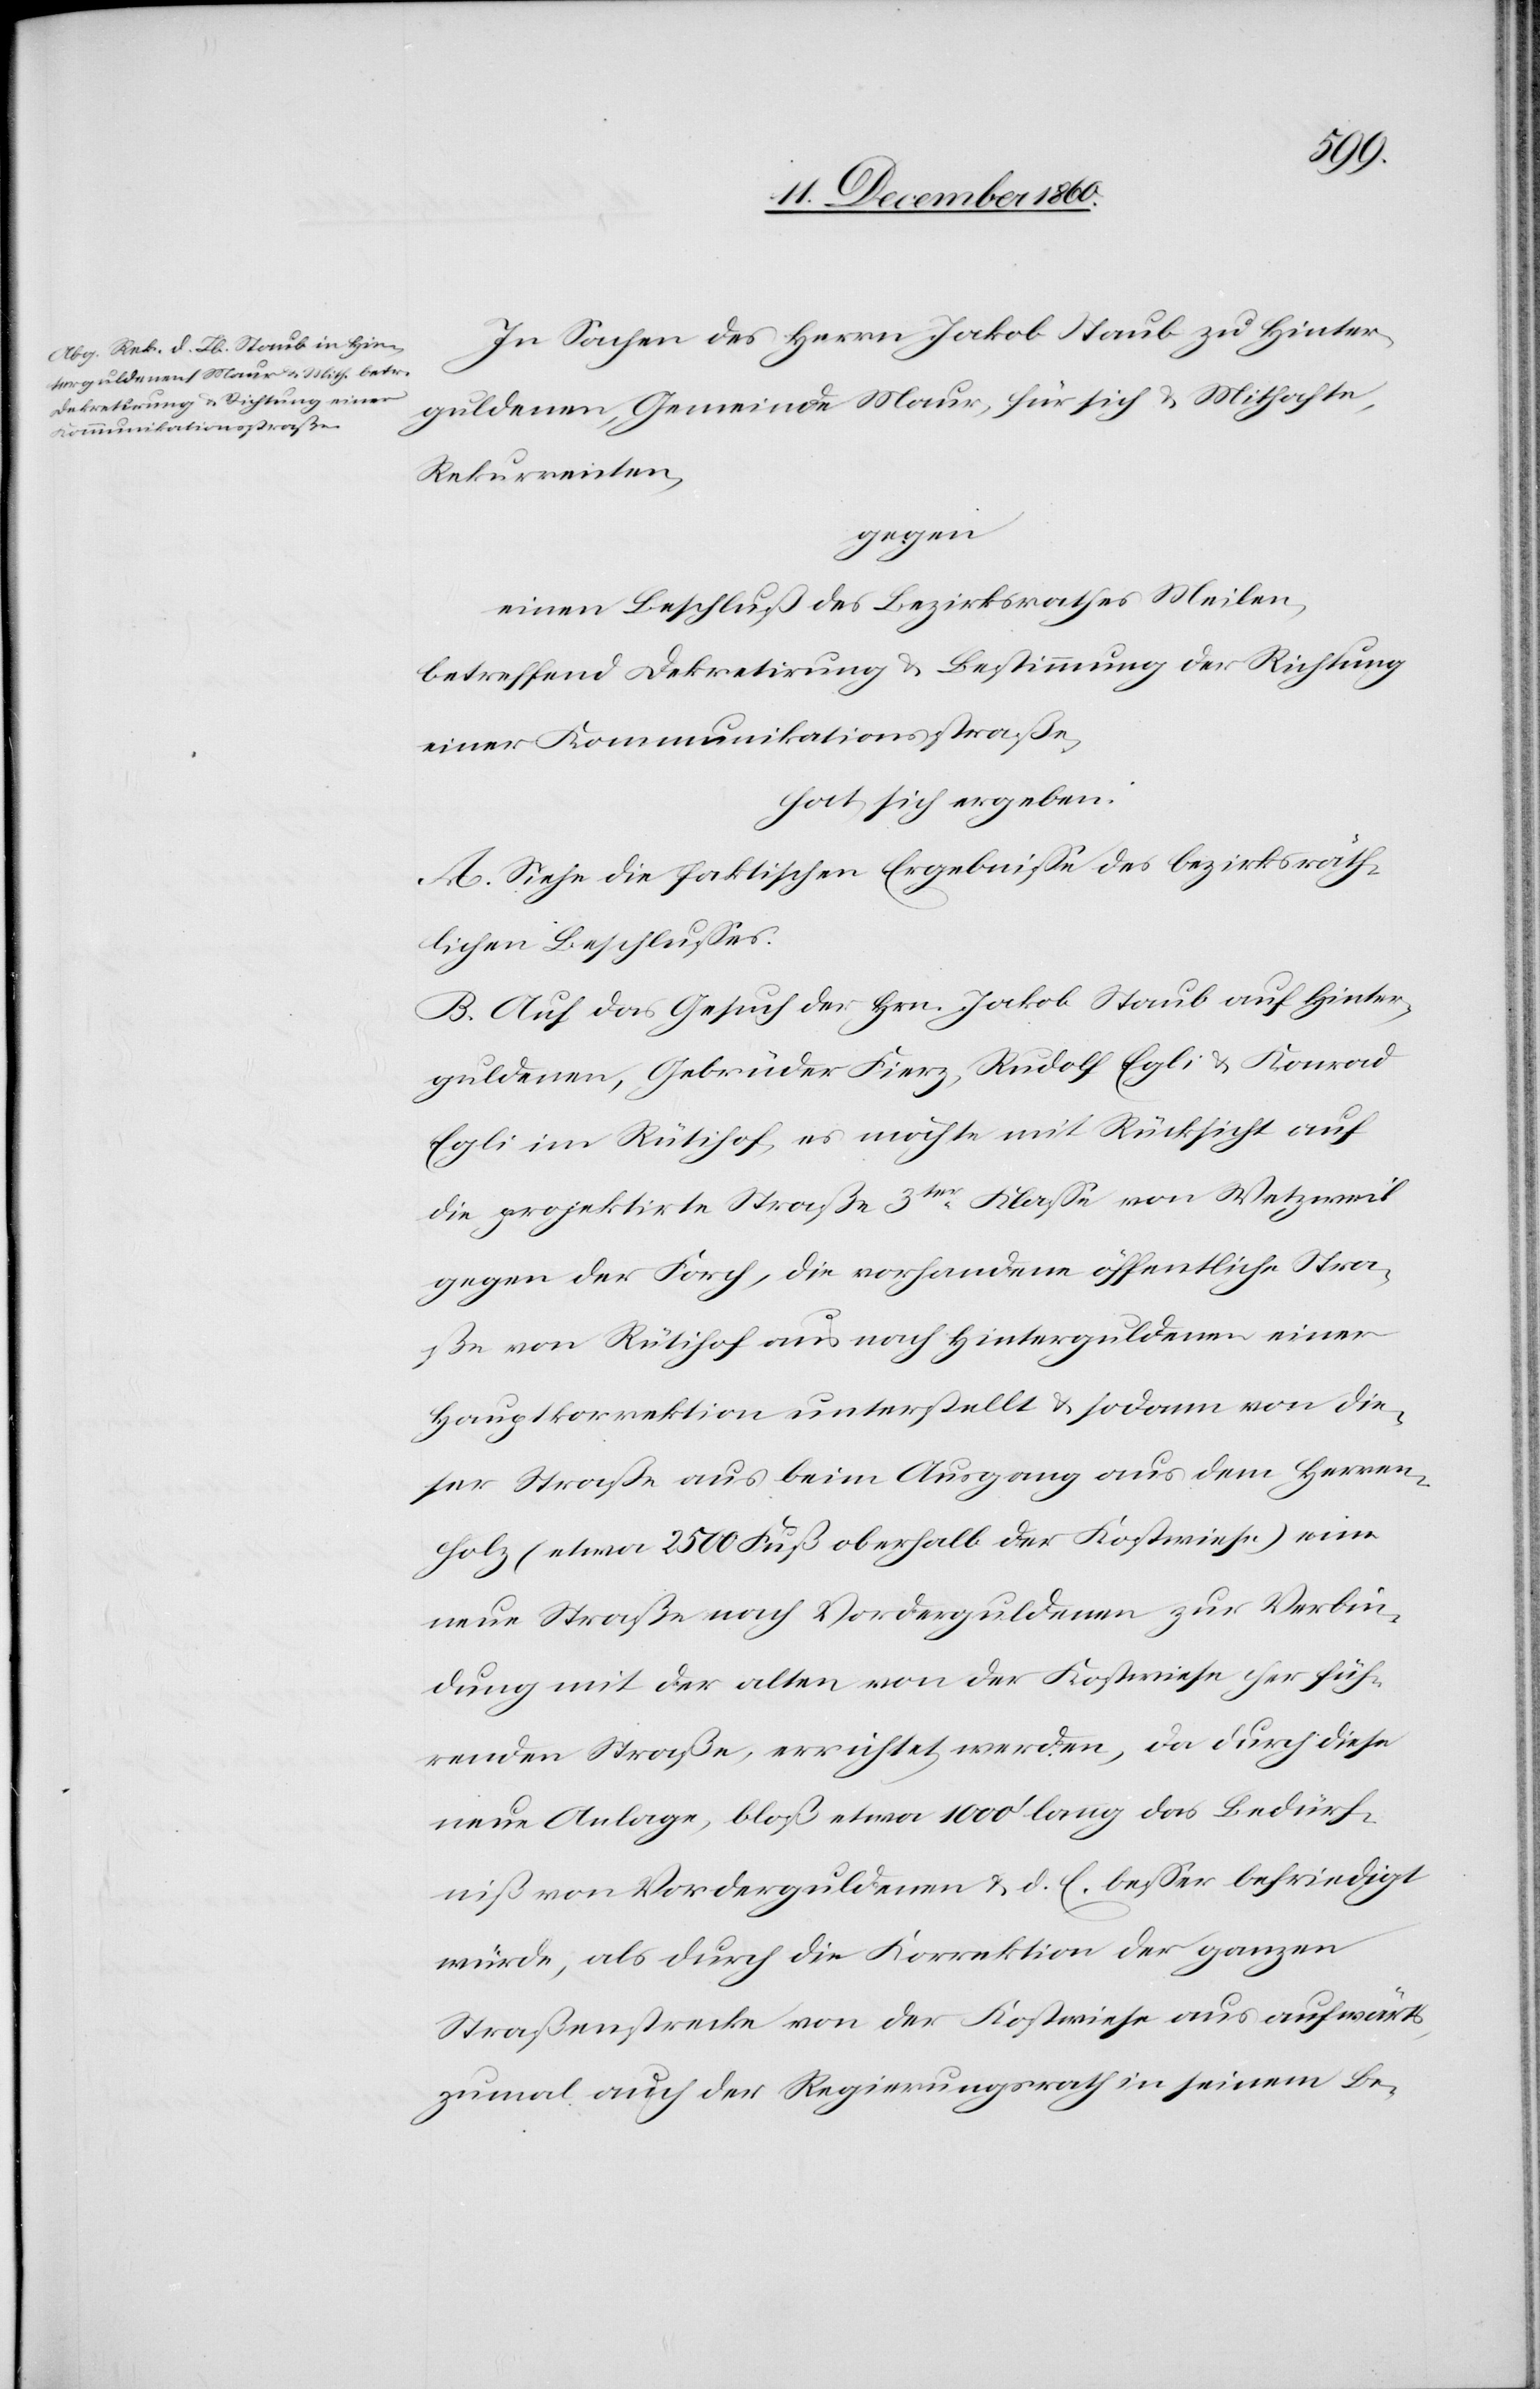
In Sachen des Herrn Jakob Staub zu Hinter¬
guldenen, Gemeinde Maur, für sich u. Mithafte,
Rekurrenten,
gegen
einen Beschluß des Bezirksrath Meilen,
betreffend Dekretirung u. Bestimmung der Richtung
einer Kommunikationsstraße,
hat sich ergeben:
A. Siehe die faktischen Ergebnisse des bezirksräth¬
lichen Beschlusses.
B. Auf das Gesuch der Hrn. Jakob Staub auf Hinter¬
guldenen, Gebrüder Fierz, Rudolf Egli u. Konrad
Egli im Rütihof, es möchte mit Rücksicht auf
die projektirte Straße 3ter Klasse von Wetzweil
gegen der Forch, die vorhandene öffentliche Stra¬
ße von Rütihof aus nach Hinterguldenen einer
Hauptkorrektion unterstellt u. sodann von die¬
ser Straße aus beim Ausgang aus dem Herren¬
holz (etwa 2500 Fuß oberhalb der Kostwiese) eine
neue Straße nach Vorderguldenen zur Verbin¬
dung mit der alten von der Kostwiese herfüh¬
renden Straße, errichtet werden, da durch diese
neue Anlage, bloß etwa 1000’ lang das Bedürf¬
niß von Vorderguldenen u. d. E. besser befriedigt
würde, als durch die Korrektion der ganzen
Straßenstrecke von der Kostwiese aus aufwärts,
zumal auch der Regierungsrath in seinem Be-